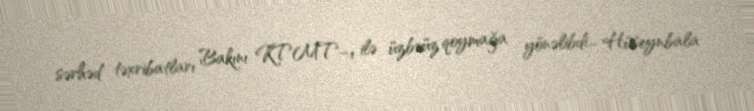
sərhəd təxribatları Bakını KTMT–ı ilə üzbəüz qoymağa yönəlibdi... Hüseynbala